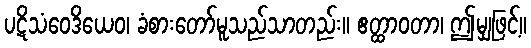
ပဋိသံဝေဒိယေဝ၊ ခံစားတော်မူသည်သာတည်း။ ဧတ္ထာဝတာ၊ ဤမျှဖြင့်။